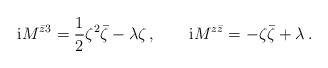
LaTeX: \begin{align*}{\rm i}M^{\bar{z}3}=\frac{1}{2}\zeta^2\bar{\zeta}-\lambda\zeta\,,\qquad{\rm i} M^{z\bar{z}}=-\zeta\bar{\zeta}+\lambda\,.\end{align*}